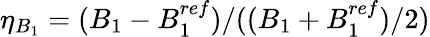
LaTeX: \eta_{B_{1}}=(B_{1}-B_{1}^{ref})/((B_{1}+B_{1}^{ref})/2)